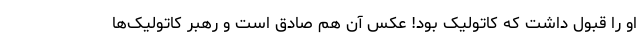
او را قبول داشت که کاتولیک بود! عکس آن هم صادق است و رهبر کاتولیک‌ها